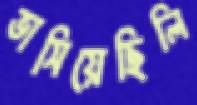
ভাসিয়েছিলি